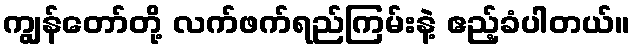
ကျွန်တော်တို့ လက်ဖက်ရည်ကြမ်းနဲ့ ဧည့်ခံပါတယ်။